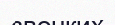
звонких